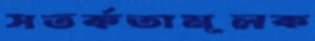
সতর্কতামূলক